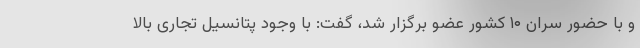
و با حضور سران ۱۰ کشور عضو برگزار شد، گفت: با وجود پتانسیل تجاری بالا